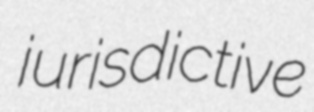
jurisdictive